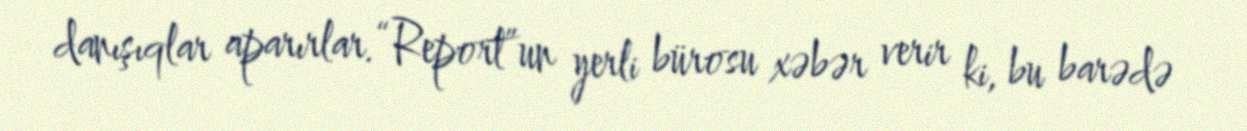
danışıqlar aparırlar.“Report”un yerli bürosu xəbər verir ki, bu barədə